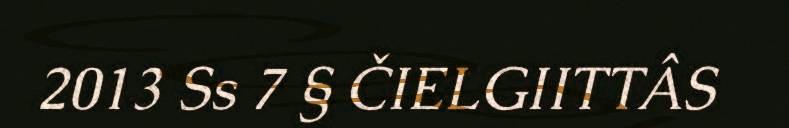
2013 Ss 7 § ČIELGIITTÂS